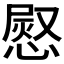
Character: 𭞊